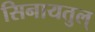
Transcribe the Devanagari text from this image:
सिनायतुल्